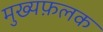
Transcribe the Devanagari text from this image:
मुख्यफ़लक